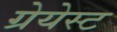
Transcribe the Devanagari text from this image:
ग्रेयेस्ट